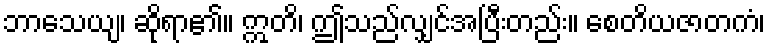
ဘာသေယျ၊ ဆိုရာ၏။ ဣတိ၊ ဤသည်လျှင်အပြီးတည်း။ စေတိယဇာတကံ၊